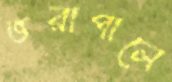
ভরাপালে